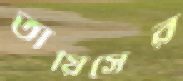
তায়িসের